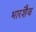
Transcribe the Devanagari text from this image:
भारशैव